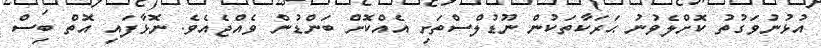
އުޅުނުވަގުތު ކޮށްލެވުނު ޙަރަކާތަކުން ނޫޑުލްސްތަށި އެއްކޮށް ބަންޑުން ވެއްޖެއެވެ. ނޮޅާފައި އޮތް ބިސް